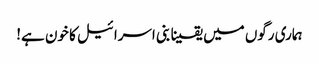
ہماری رگوں میں یقینا بنی اسرائیل کا خون ہے!